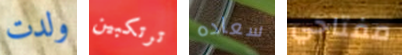
ولدت ترتكبين سعاده مفتاحي